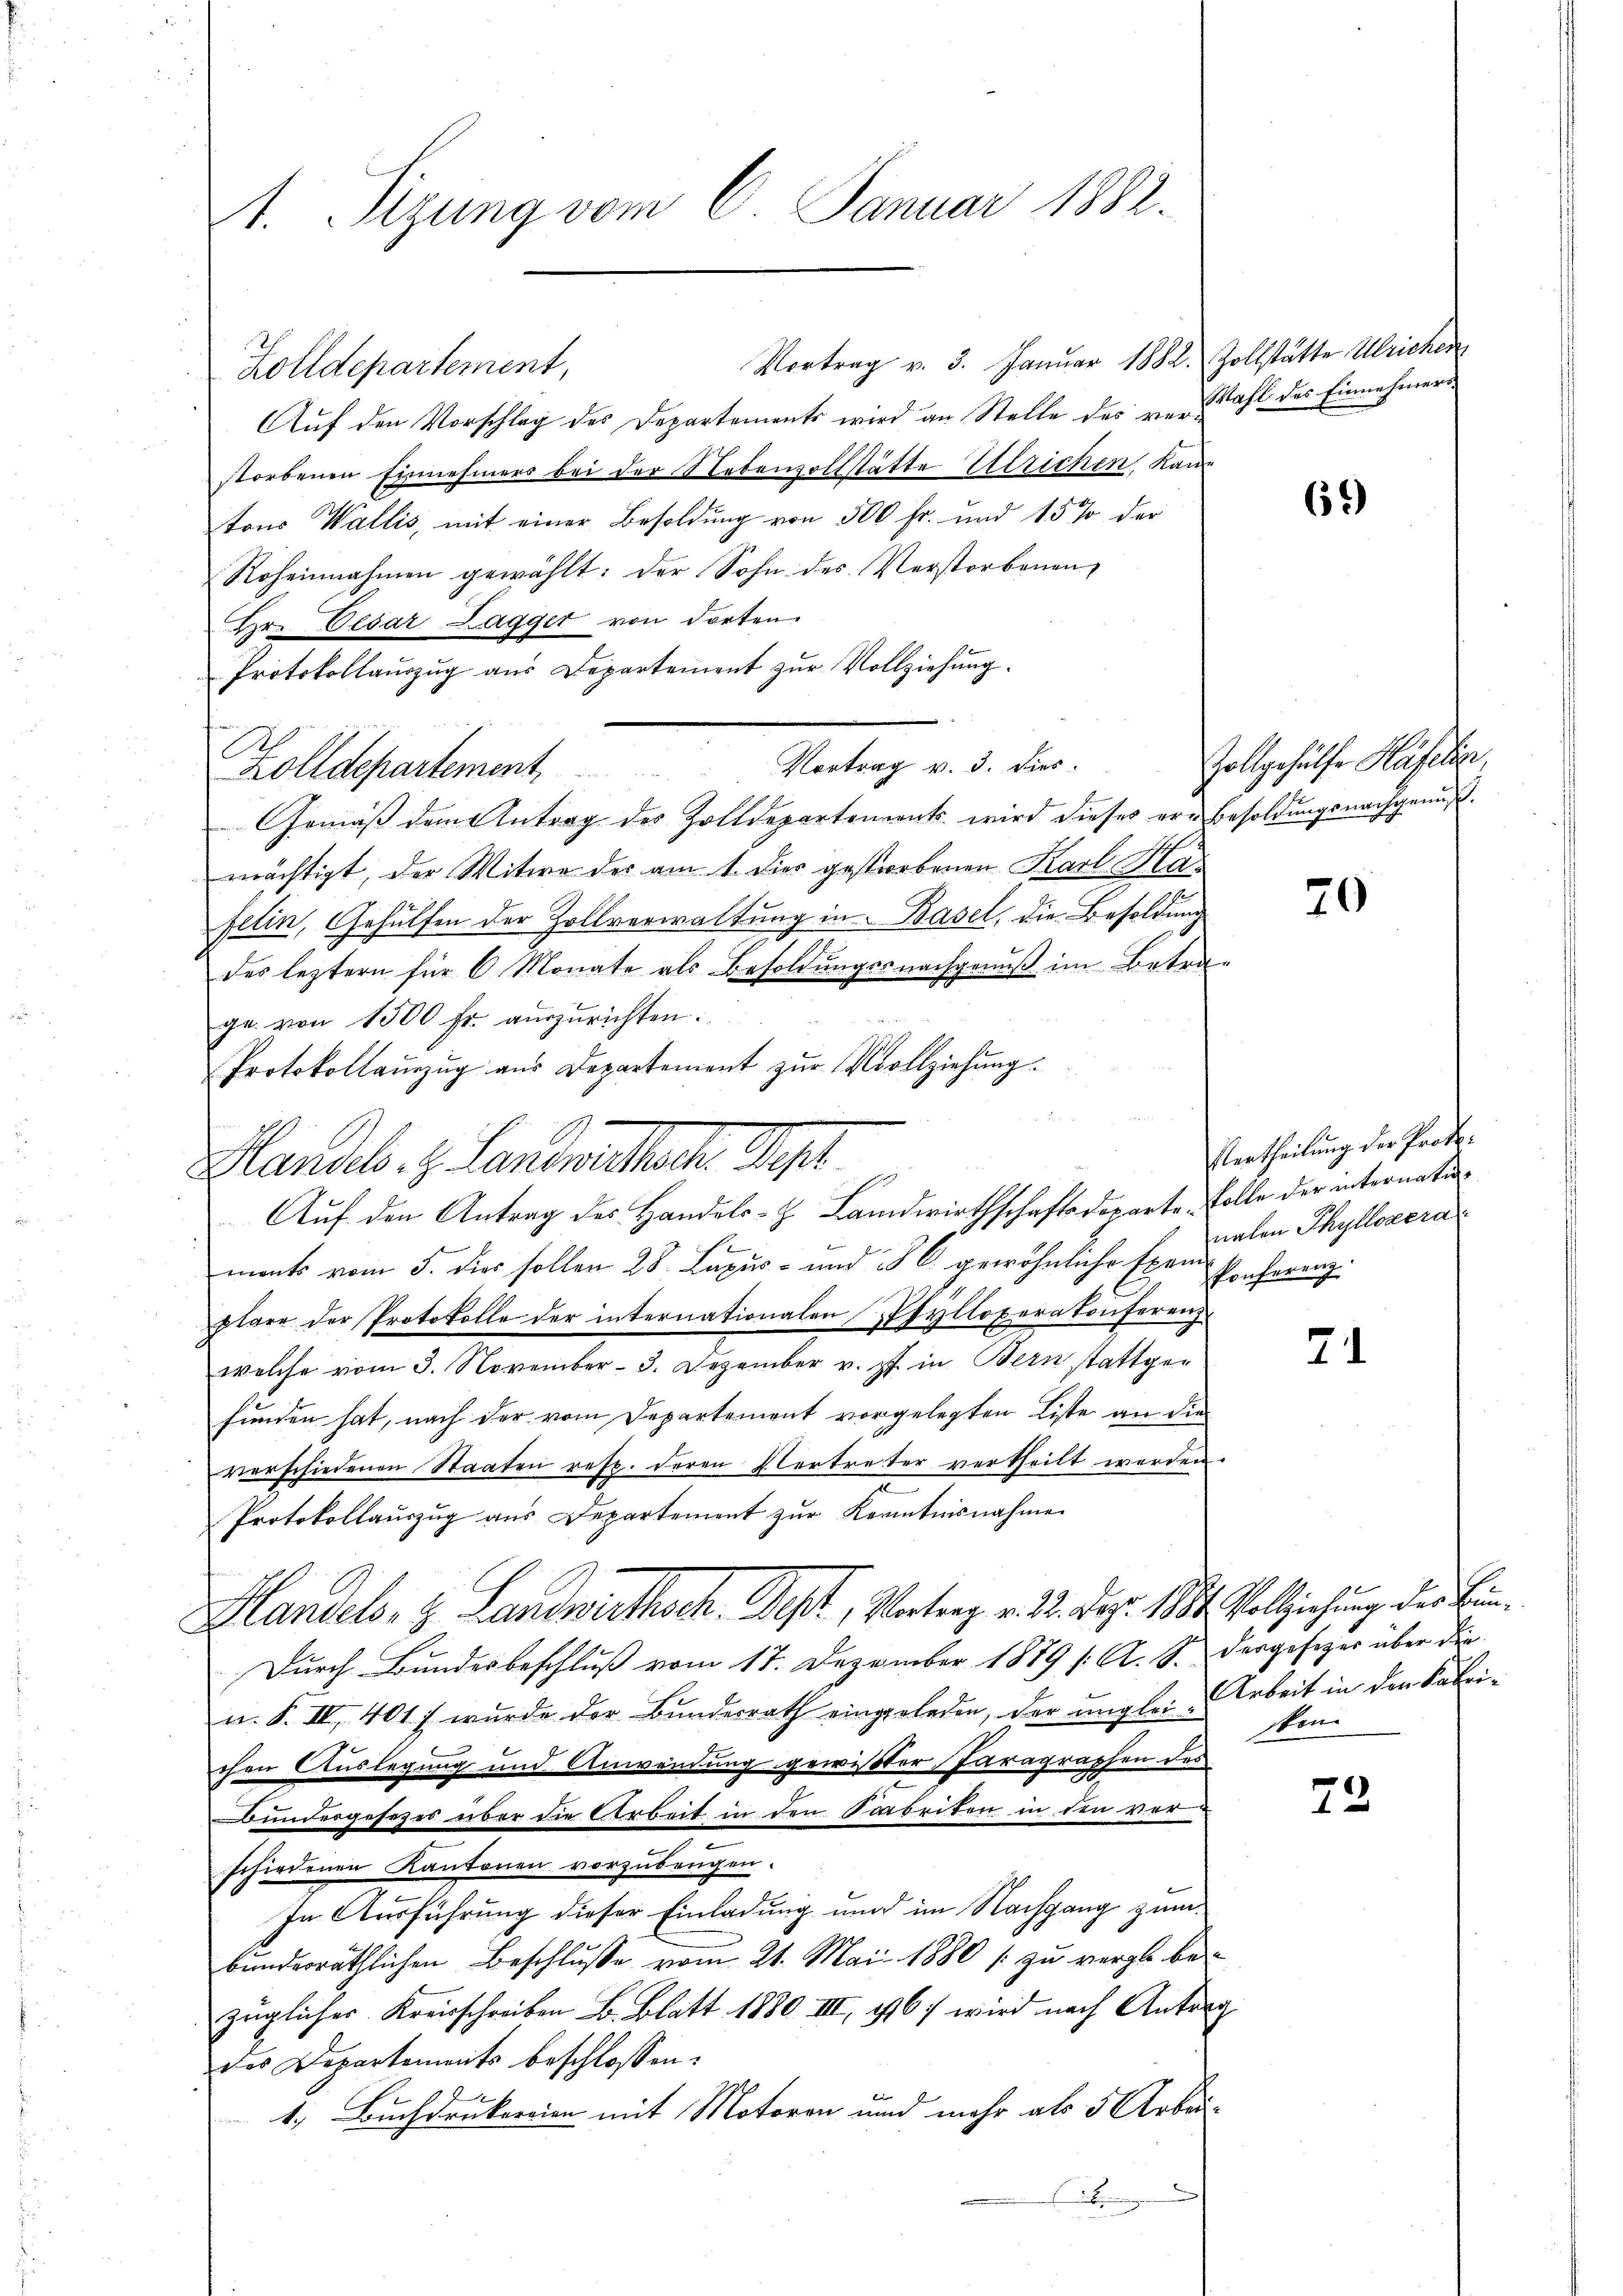
t. Sizung vom 6. Januar 1882.

Zolldepartement

Auf den Antrag des Handels- & Landwirthschaftsdeparte. Solle der internati¬

Vortrag v. 3. Januar 1882. Zollstätte Ulrichen
Zolldepartement,
Auf den Vorschlag des Departements wird an Stelle des von Wahl des Einnahmers
storbenen Einnehmers bei der Nebenvollstätte Ulrichen, Kantons Wallis, mit einer Besoldung von 500 fr. und 15% der
Roheinahmen gewählt: der Sohn des Verstorbenen
Hr. Cesar Lagger von dorten.
Protokollaŭszŭg aŭs Departement zŭr Vollziehŭng.
Vortrag v. 3. dies
Gemäβ dem Antrag des Zolldepartements wird dieses vor Besoldŭngsnachgenuß.
mächtigt, der Witwe der am 1. dies gestorbenen Karl Hafelin, Gehülfen der Zollverwaltung in Basel, die Besoldung
des leztern für 6 Monate als Besoldungssnachgenuß im Betra-
ge von 1500 fr. auszurichten.
Protokollaŭszŭg aŭs Departement zŭr Vollziehung.
landel. H. Landmachen M.
ments vom 5. dies sollen 28. Lapur- und 25 l. gewöhnliche Exen
plare der Protokolle der internationalen Pfylloperatonferenz
welche vom 3. November - 3. Dezember v. Js. in Bern stattgefunden hat, nach der vom Departement vorgelegten Liste an die
verschiedenen Staaten resp. deren Vertreter vertheilt werden.
Protokollauszug aus Departement zŭr Kenntnisnahme
Handels- & Landwirthsch. Dept, Vortrag v. 2. Dez. 1884. Vollziehung der Bun¬
Durch Bundesbeschluß vom 17. Dezember 1889 s. A. S. dargesetzer über die
u. F. II 401 f wurde der Bŭndesrath eingeladen, der unglei- Arbeit in den Fabri-
chen Auslegung und Anwendung gewisster Paragraphen des
Bundesgesetzes über die Arbeit in den Saabriten in den ver
schiedenen Kantonen vorzubeuchen.
In Ausführung dieser Einladung und im Nachgang zum
bundesräthlichen Beschluße vom 21. Mai 1880 zu vergle be-
züglicher Kreisschreiben B. Blatt 1880 III, 1167 wird nach Antr
des Departements beschlossen:
f
1. Buchdrukereien mit Motoren und mehr als 5 Arbei-

6)

Zollgehülfe Häfelin

20

Ebertheilung der Protenalen Thyllozera
Ponferenz

2

sten

72